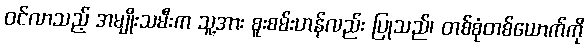
ဝင်လာသည့် အမျိုးသမီးက သူ့အား စူးစမ်းဟန်လည်း ပြုသည်၊ တစ်စုံတစ်ယောက်ကို